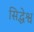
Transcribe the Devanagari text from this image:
सिद्धेश्व